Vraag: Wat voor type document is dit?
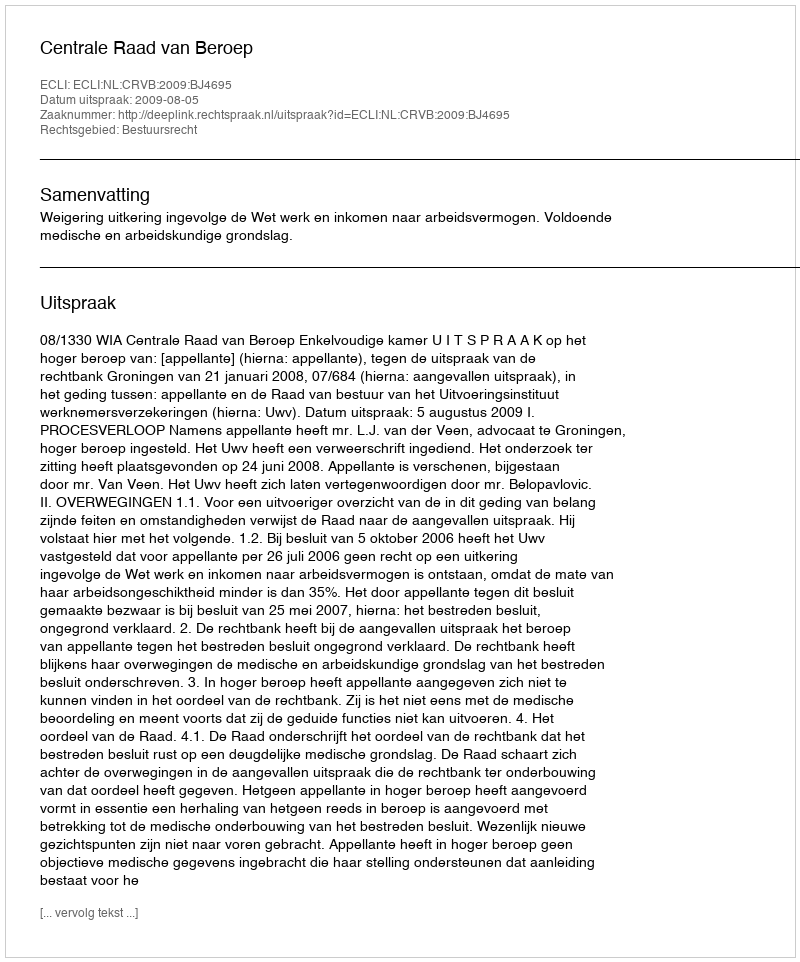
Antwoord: Uitspraak